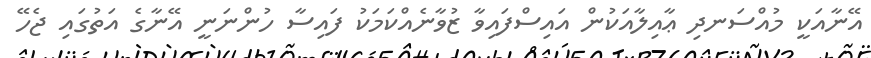
އޭނާއަކީ މުއްސަނދި ޢާއިލާއަކުން އައިސްފައިވާ ޒުވާނެއްކަމަކު ފައިސާ ހުންނަނީ އޭނާގެ އަތުގައި ޖެހޭ